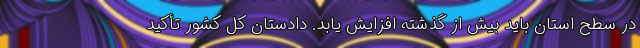
در سطح استان باید بیش از گذشته افزایش یابد. دادستان کل کشور تأکید